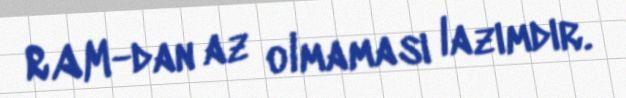
RAM-dan az olmaması lazımdır.